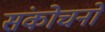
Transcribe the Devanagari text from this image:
संकोचनों